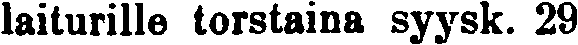
laiturille torstaina syysk. 29